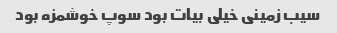
سیب زمینی خیلی بیات بود سوپ خوشمزه بود